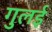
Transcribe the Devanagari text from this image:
गुलई